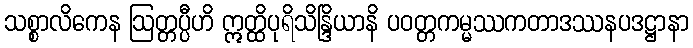
သစ္စာလိကေန ဩတ္တပ္ပီဟိ ဣတ္ထိပုရိသိန္ဒြိယာနိ ပဝတ္တကမ္မဿကတာဒဿနပဒဋ္ဌာနာ